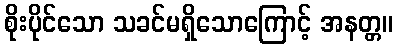
စိုးပိုင်သော သခင်မရှိသောကြောင့် အနတ္တ။